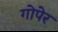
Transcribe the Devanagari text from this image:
गोपेर